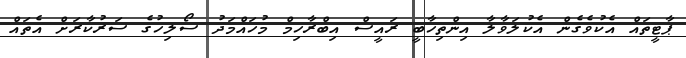
ޕާޓީތައް އެކުވެގެން އެކުލަވާލާ އިންތިހާބީ ރައީސް އިބްރާހިމް މުހައްމަދު ސޯލިހުގެ ސަރުކާރަށް އެތައް